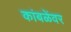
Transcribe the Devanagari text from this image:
कांबळेंवर